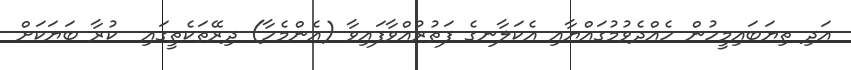
އަދި ތިޔަބައިމީހުން ހެއްދެވުމުގައްޔާއި އެކަލާނގެ ފަތުރުއްވާފައިވާ (އެންމެހާ) ދިރޭތަކެތީގައި  ކުރާ ބަޔަކަށް